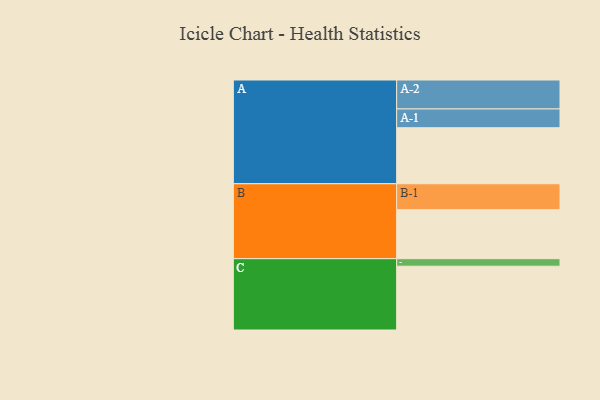
{"axis": {"x": "Segment", "y": "Value"}, "legend": ["", "A", "B", "C"], "data": [{"x": "A", "y": 513, "type": ""}, {"x": "B", "y": 449, "type": ""}, {"x": "C", "y": 584, "type": ""}, {"x": "A-1", "y": 172, "type": "A"}, {"x": "A-2", "y": 265, "type": "A"}, {"x": "B-1", "y": 237, "type": "B"}, {"x": "C-1", "y": 69, "type": "C"}]}